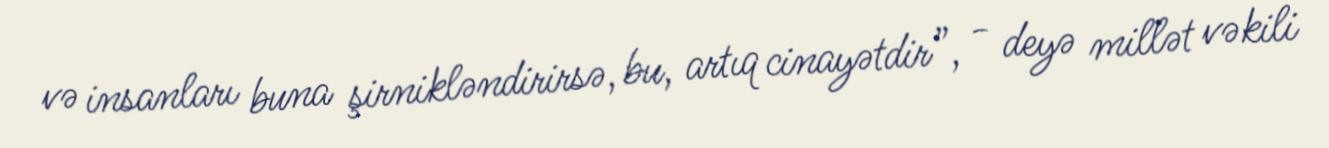
və insanları buna şirnikləndirirsə, bu, artıq cinayətdir”, - deyə millət vəkili